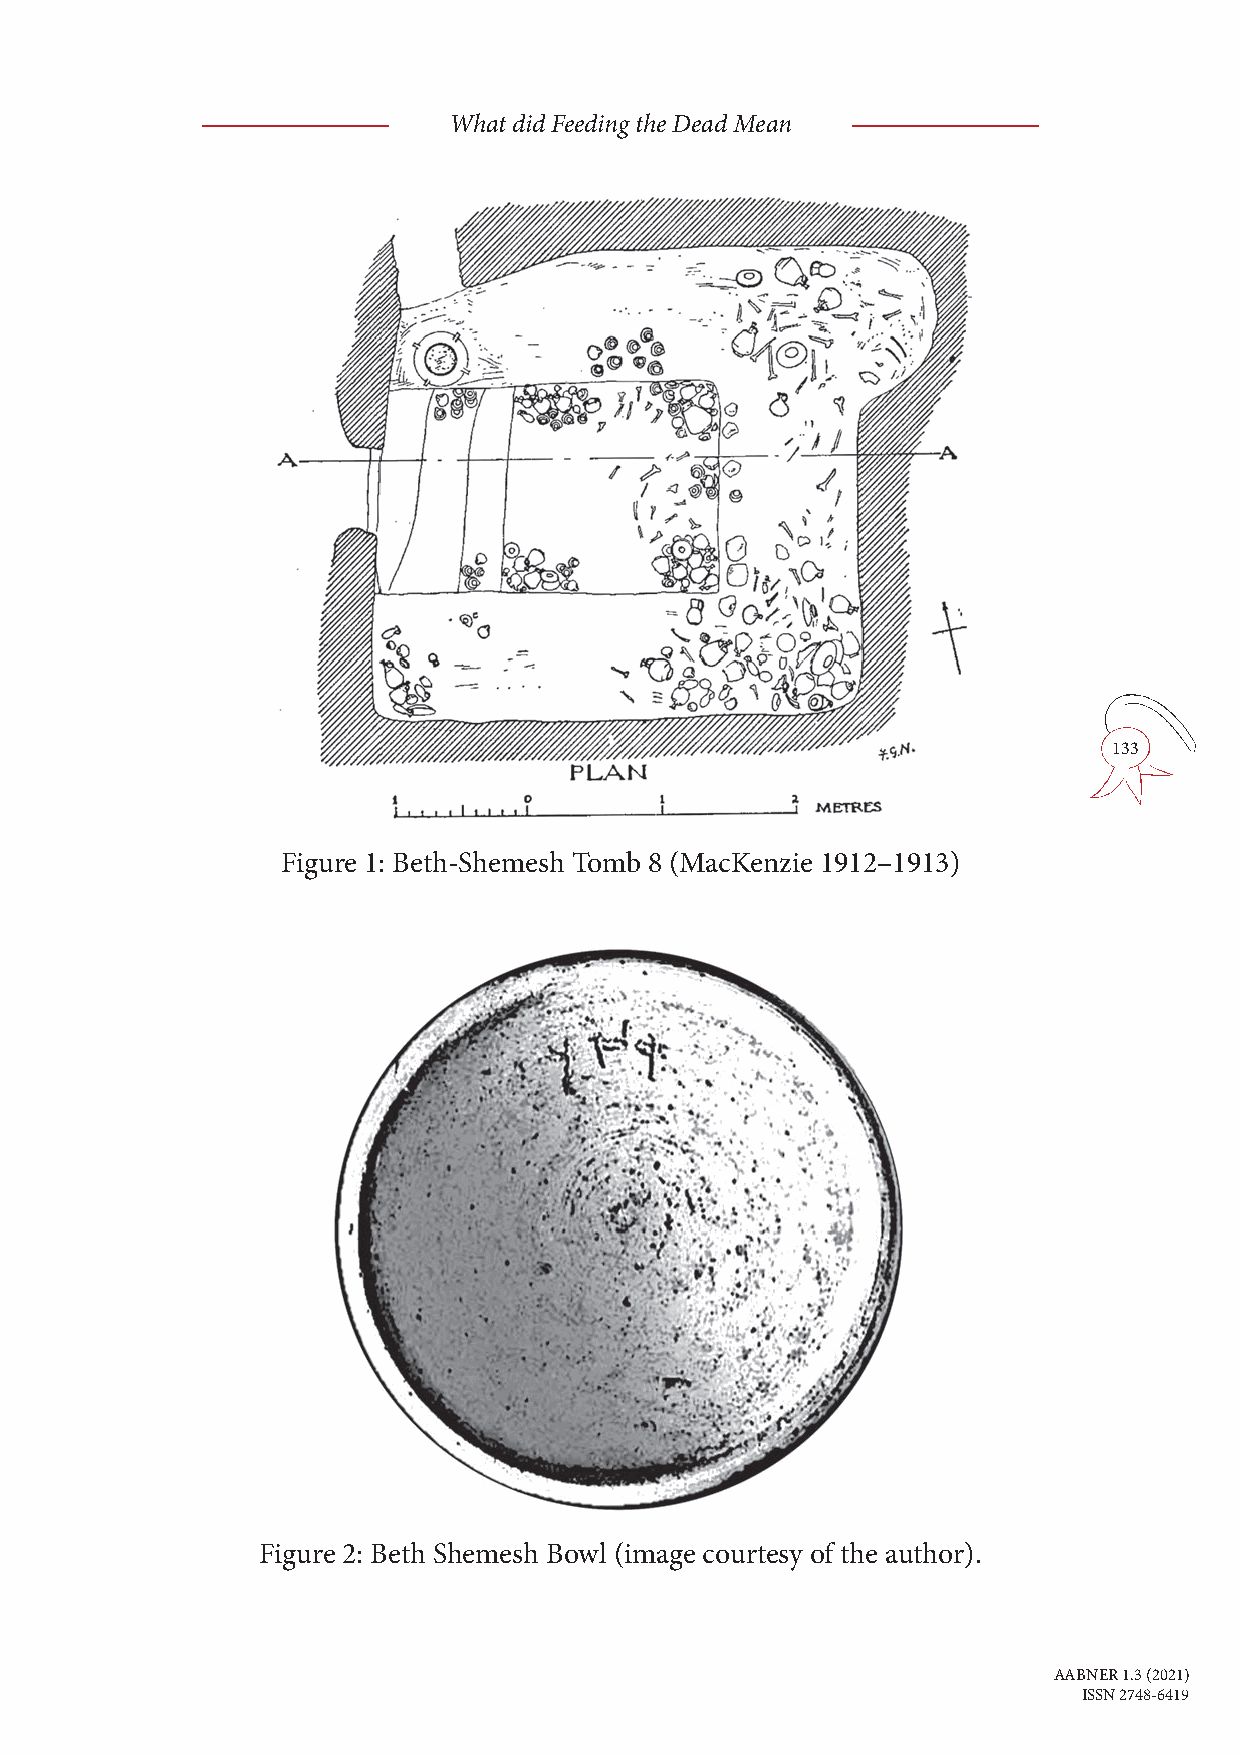
What did Feeding the Dead Mean
 133
 Figure 1: Beth-Shemesh Tomb 8 (MacKenzie 1912–1913)
 Figure 2: Beth Shemesh Bowl (image courtesy of the author).
 AABNER 1.3 (2021)
 ISSN 2748-6419